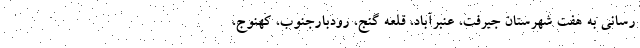
رسانی به هفت شهرستان جیرفت، عنبرآباد، قلعه گنج، رودبارجنوب، کهنوج،